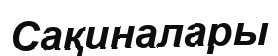
Сақиналары